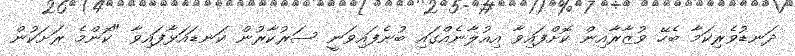
ދަނޑުވެރިކަމާ ބެހޭ ވުޒާރާއިން ކޮށްފައިވާ އިއުލާނެއްގައި ބުނެފައިވަނީ ސަރުކާރުން ކަނޑައަޅާފައިވާ "ކޮންމެ ރަށަކުން